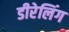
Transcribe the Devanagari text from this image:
डीरेलिंग